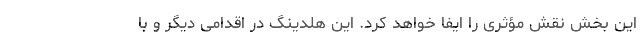
این بخش نقش مؤثری را ایفا خواهد کرد. این هلدینگ در اقدامی دیگر و با